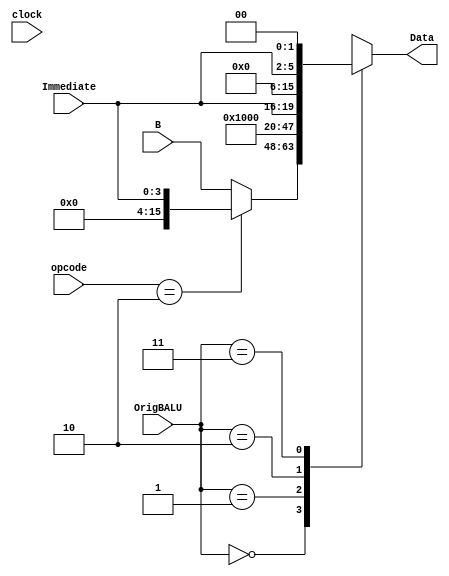
module muxB (clock, B, Immediate, OrigBALU,Data, opcode);
	input  clock;
	input  [15:0]B;
	input  [3:0]Immediate;
	input  [3:0]opcode;
	input  [1:0]OrigBALU;

	output [15:0]Data;
	
	reg [15:0]Reg;
	
	wire [3:0]extendImmediate;
	assign extendImmediate = {{12{1'b0}},Immediate[3:0]};
	
	
	always@(clock or B or OrigBALU or Immediate)begin
	  
	 case (OrigBALU)
      2'b00:begin
			if (opcode == 4'b0010) Reg = extendImmediate;
			else Reg = B;
		end
      2'b01: Reg = 16'h0001;
      2'b10: Reg = extendImmediate;
      2'b11: Reg = extendImmediate << 2;
   endcase
  end
	
	assign Data = Reg;

endmodule